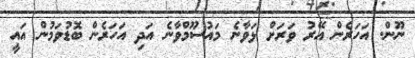
ނޫން. އަހަރެން އޭރު ވަރަށް ޅަވާނެ މައުސޫމްވާނެ އަދި އަހަރެން ބޮޑުވަމުން އައީ